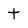
Character: t